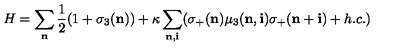
H = \sum _ { \bf n } \frac { 1 } { 2 } ( 1 + \sigma _ { 3 } ( { \bf n } ) ) + \kappa \sum _ { { \bf n } , { \bf i } } ( \sigma _ { + } ( { \bf n } ) \mu _ { 3 } ( { \bf n } , { \bf i } ) \sigma _ { + } ( { \bf n + i } ) + h . c . )